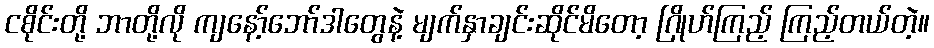
ငစိုင်းတို့ ဘာတို့လို ကျနော့်ဘော်ဒါတွေနဲ့ မျက်နှာချင်းဆိုင်မိတော့ ဂြိုဟ်ကြည့် ကြည့်တယ်တဲ့။